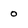
Character: o